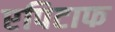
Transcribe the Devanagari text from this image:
एपिटाफ